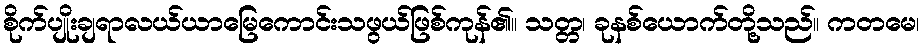
စိုက်ပျိုးချရာလယ်ယာမြေကောင်းသဖွယ်ဖြစ်ကုန်၏။ သတ္တ၊ ခုနစ်ယောက်တို့သည်။ ကတမေ၊